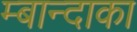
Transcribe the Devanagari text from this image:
म्बान्दाका